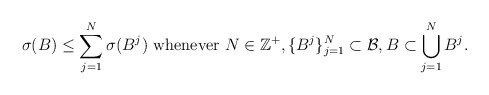
\begin{align*}\sigma(B)\leq \sum_{j=1}^N \sigma(B^j) \mbox{ whenever } N\in \mathbb{Z}^+, \{B^j\}_{j=1}^N \subset \mathcal{B}, B \subset \bigcup_{j=1}^N B^j. \end{align*}